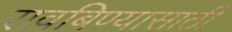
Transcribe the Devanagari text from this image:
रावबिण्यासाठी